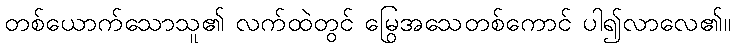
တစ်ယောက်သောသူ၏ လက်ထဲတွင် မြွေအသေတစ်ကောင် ပါ၍လာလေ၏။